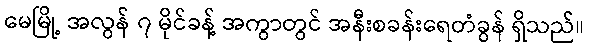
မေမြို့ အလွန် ၇ မိုင်ခန့် အကွာတွင် အနီးစခန်းရေတံခွန် ရှိသည်။